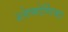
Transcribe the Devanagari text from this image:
श्लेष्मोर्णिका